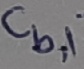
Text: Cb,1